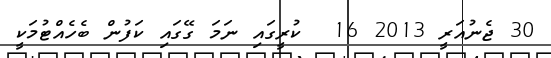
30 ޖެނުއަރީ 2013 16  ކުރީގައި ނަމަ ގޭގައި ކަފުން ބެހެއްޓުމަކީ